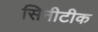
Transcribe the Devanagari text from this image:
सिनीटीक